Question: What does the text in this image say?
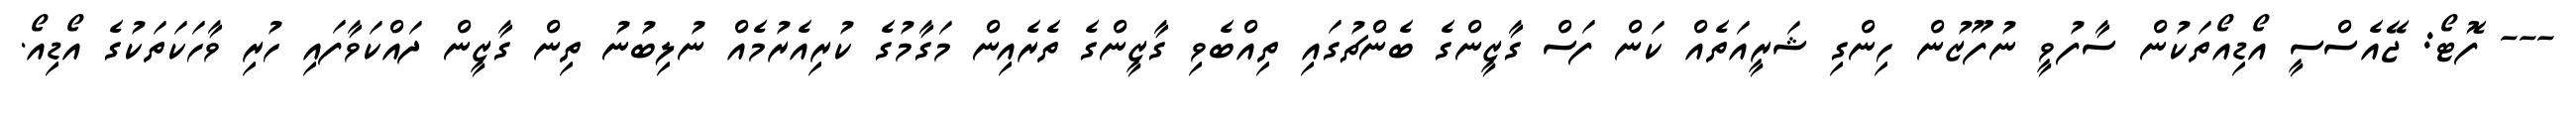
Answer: --- ފޮޓޯ: ޖޭއެސްސީ އޯޑިއޯތަކުން ސާފުވީ ނުފޫޒުން ހިންގި ޝަރީއަތެއް ކަން ފަސް ގާޒީންގެ ބެންޗުގައި ތިއްބެވި ގާޒީންގެ ތެރެއިން މަގާމުގެ ކުރިއެރުމެއް ނުލިބުނު ތިން ގާޒީން ދައްކަވާފައި ހުރި ވާހަކަތަކުގެ އޯޑިއޯ.